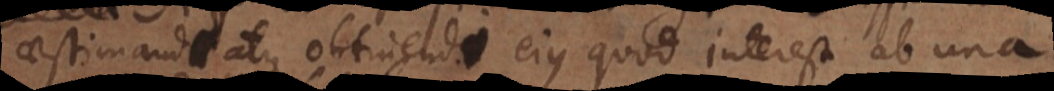
aestimandi atque obtinendi ejus quod interest ab una